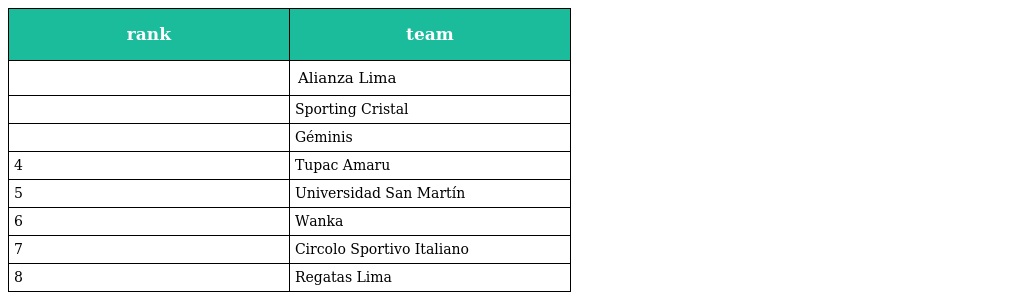
| rank | team |
 | --- | --- |
 |  | Alianza Lima |
 |  | Sporting Cristal |
 |  | Géminis |
 | 4 | Tupac Amaru |
 | 5 | Universidad San Martín |
 | 6 | Wanka |
 | 7 | Circolo Sportivo Italiano |
 | 8 | Regatas Lima |